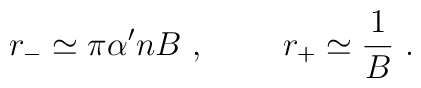
r_{-}\simeq \pi \alpha ^{\prime }nB\ ,\ \ \ \ \ \ \ r_{+}\simeq\frac{1}{B}\ .